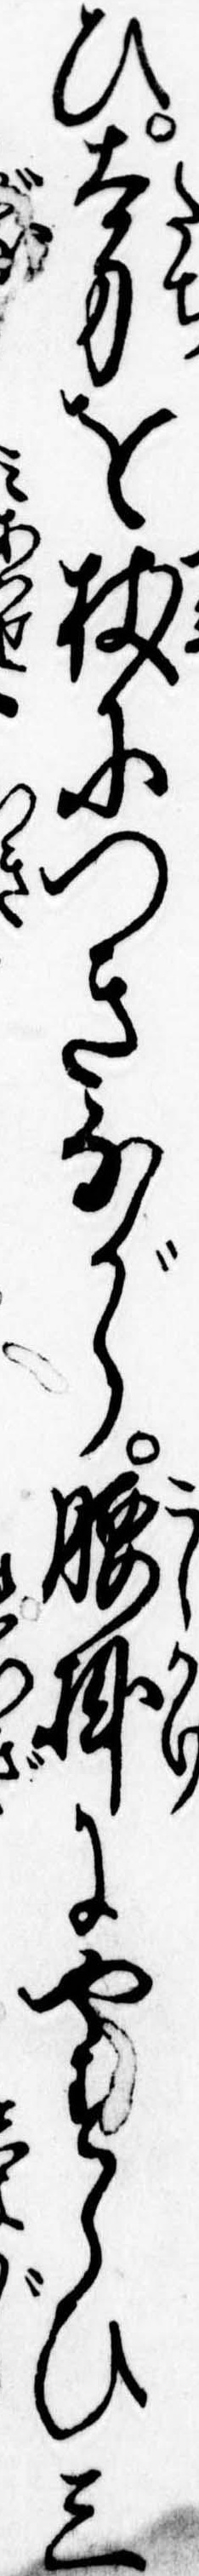
ひ太刀を杖につきながら腰掛にやすらひ三